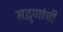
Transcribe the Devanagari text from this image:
सद्गुणांची